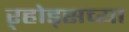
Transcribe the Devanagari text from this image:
ऱ्होड्सच्या